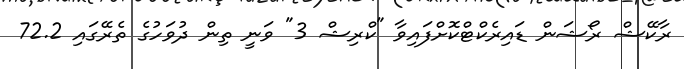
ރާކޭޝް ރޯޝަން ޑައިރެކްޓްކޮށްފައިވާ "ކްރިޝް 3" ވަނީ ތިން ދުވަހުގެ ތެރޭގައި 72.2